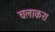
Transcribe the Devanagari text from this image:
चलाकर।